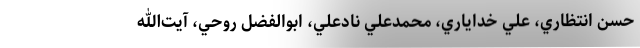
حسن انتظاري، علي خداياري، محمدعلي نادعلي، ابوالفضل روحي، آيت‌الله